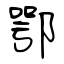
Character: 鄂